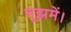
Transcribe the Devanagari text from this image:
मुझमें।